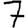
Digit: 7